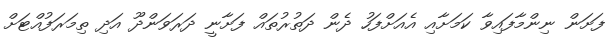
ފަށަން ނިންމާފައިވާ ކަމަށާއި އެއަށްފަހު ދެން ދަތުރުތައް ފަށާނީ ދަރަވަންދޫ އަދި ތިމަރަފުއްޓަށް